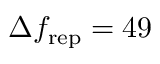
\Delta f _ { \mathrm { r e p } } = 4 9